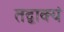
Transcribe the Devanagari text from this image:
तद्वाक्यं